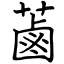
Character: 蓾